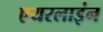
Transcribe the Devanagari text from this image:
एयरलाइंन